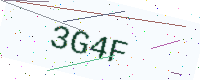
Text: 3G4F